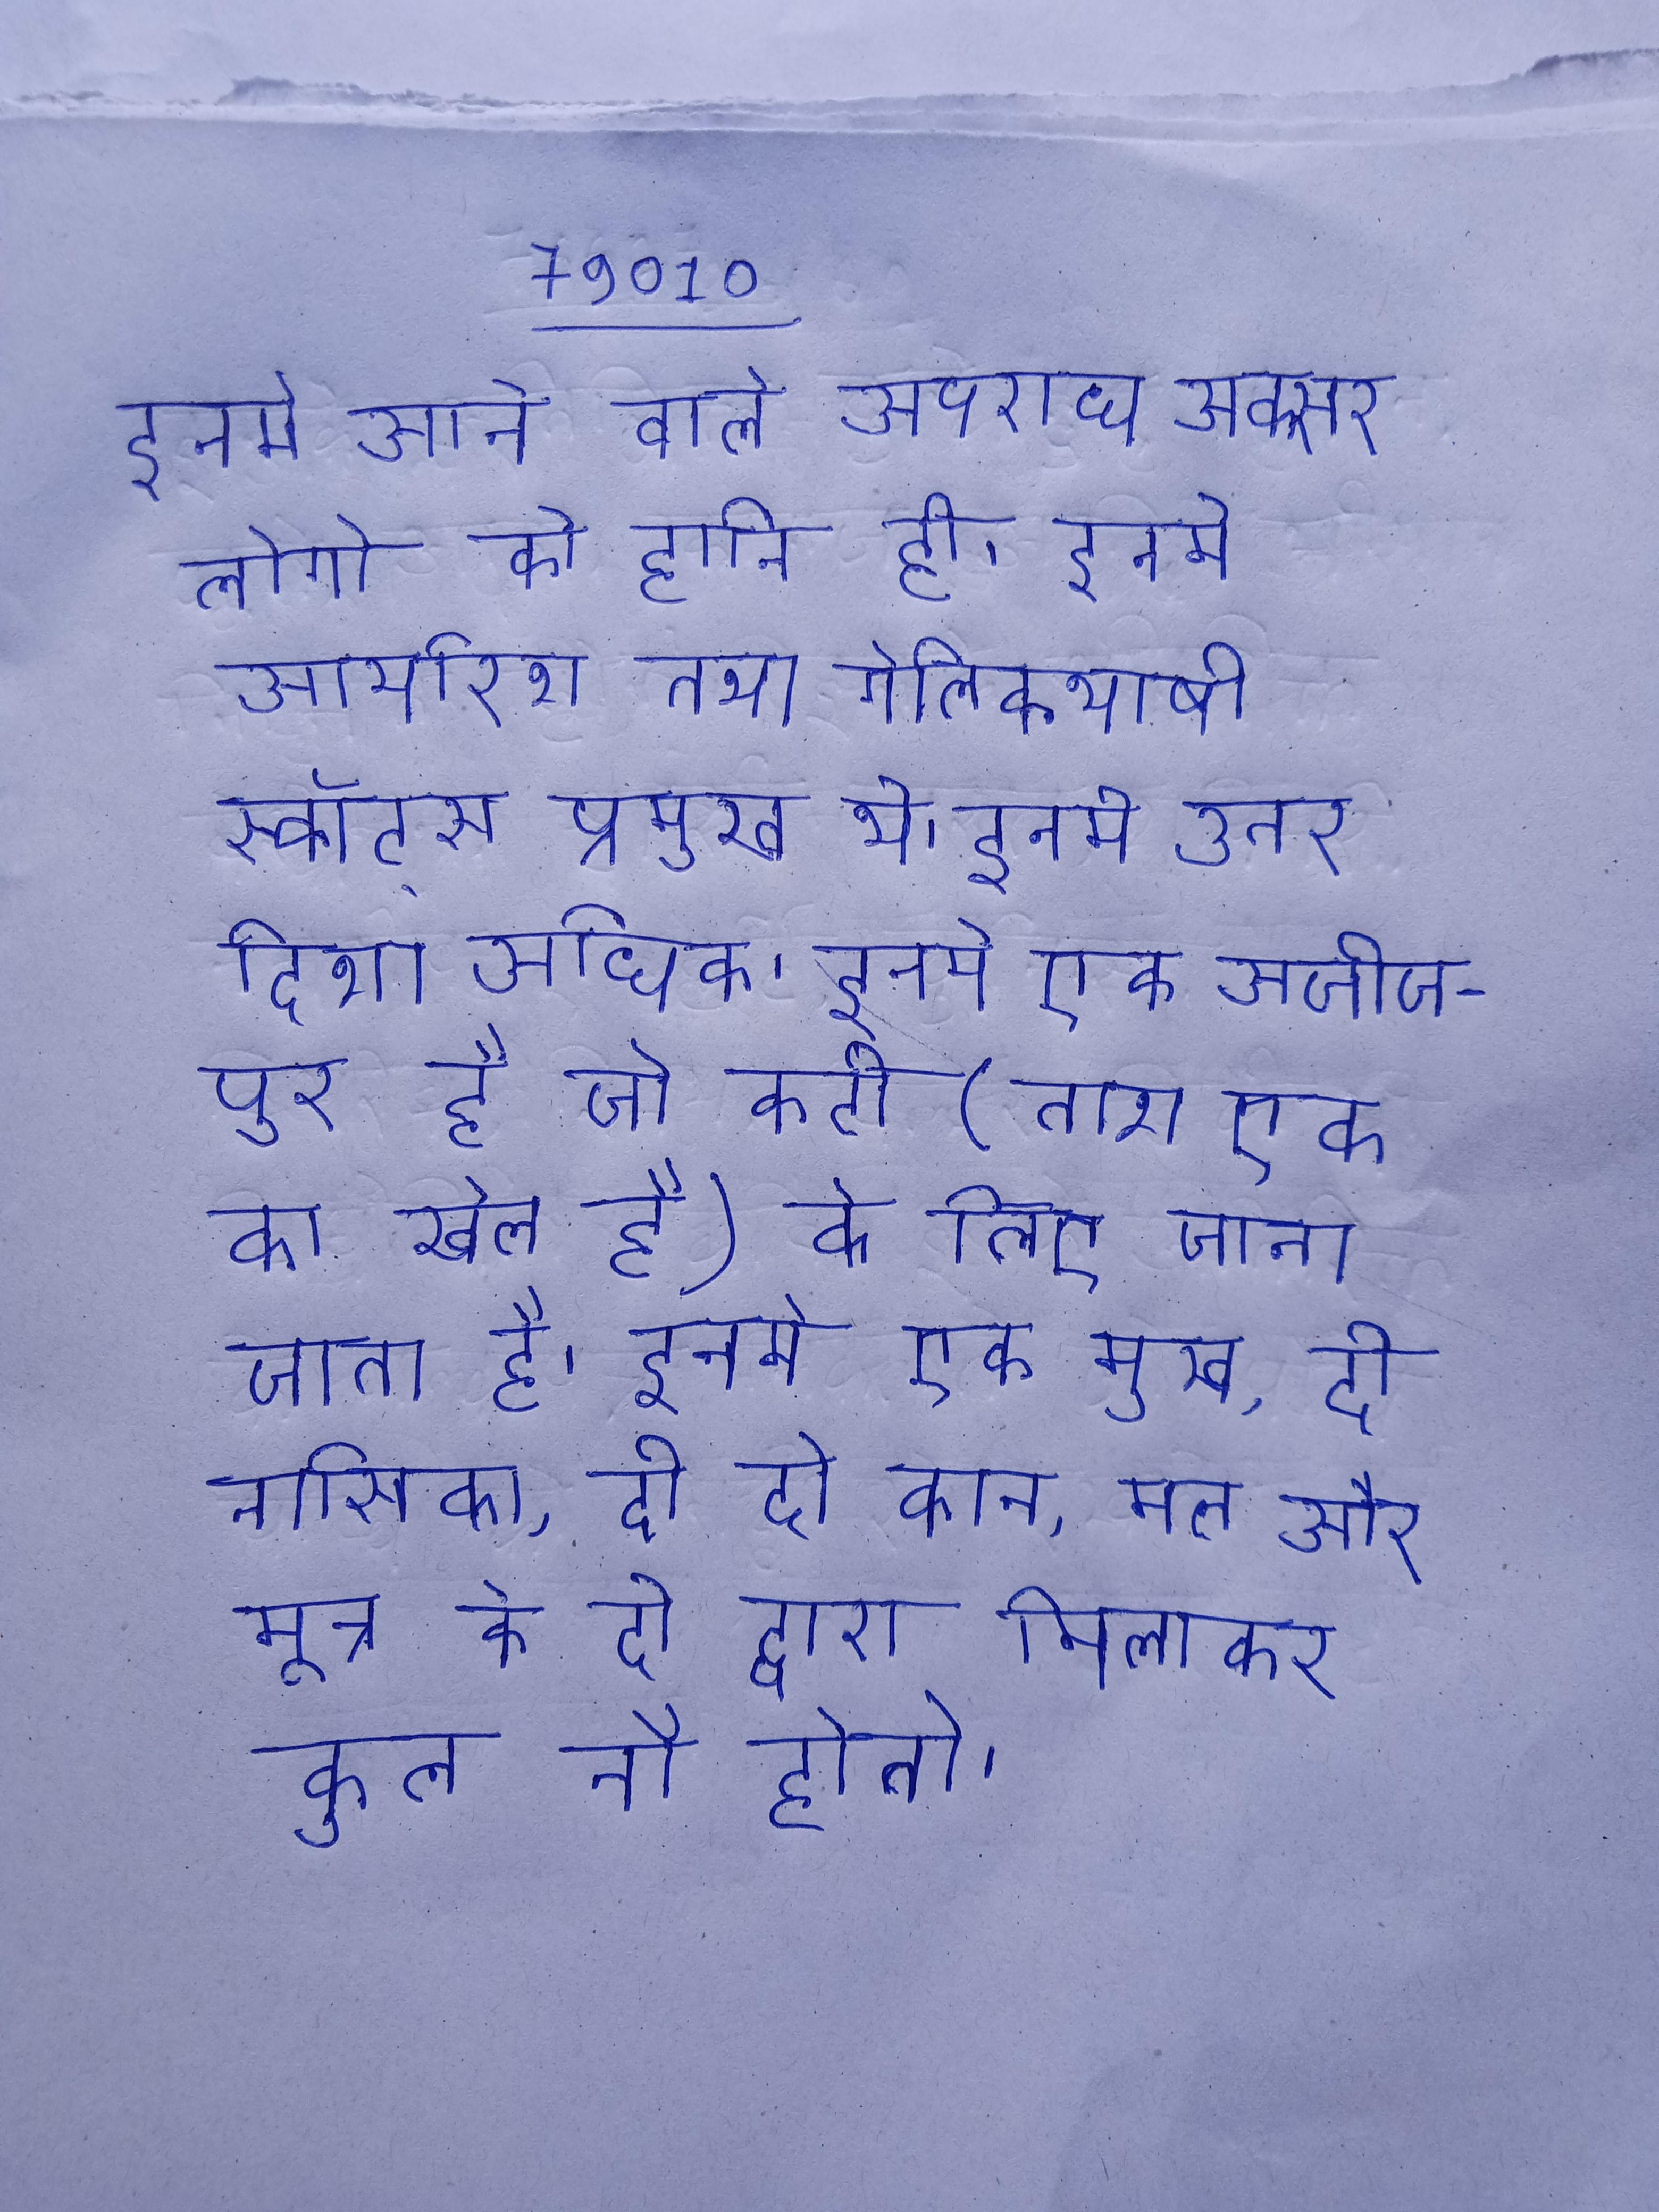
इनमे आने वाले अपराध अक्सर लोगो को हानि ही । इनमे आयरिश तथा गेलिकभाषी स्कॉट्स प्रमुख थे । इनमे उतर दिशा अधिक । इनमे एक अजीजपुर है जो कटी(ताश एक का खेल है) के लिए जाना जाता है । इनमे एक मुख, दो नासिका, दो दो कान, मल और मूत्र के दो द्वारा मिलाकर कुल नौ होते ।